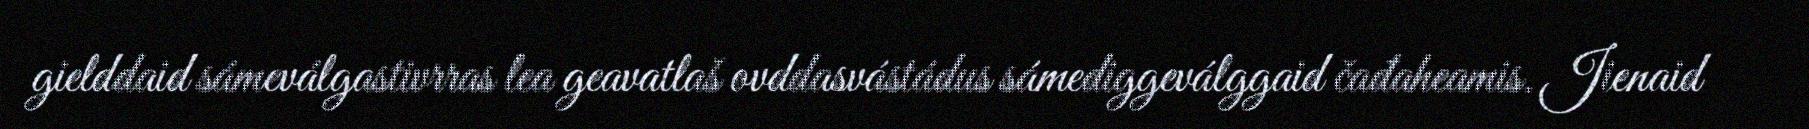
gielddaid sámeválgastivrras lea geavatlaš ovddasvástádus sámediggeválggaid čađaheamis. Jienaid